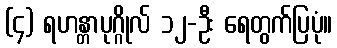
(၄) ရဟန္တာပုဂ္ဂိုလ် ၁၂-ဦး ရေတွက်ပြပုံ။